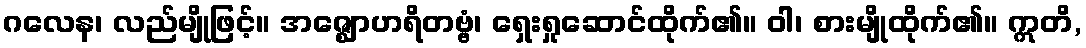
ဂလေန၊ လည်မျိုဖြင့်။ အဇ္ဈောဟရိတဗ္ဗံ၊ ရှေးရှုဆောင်ထိုက်၏။ ဝါ၊ စားမျိုထိုက်၏။ ဣတိ,